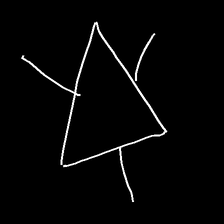
Glyph: fire